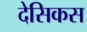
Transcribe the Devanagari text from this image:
देसिकस